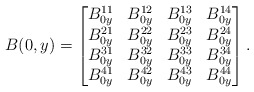
\begin{align*} B(0,y)= \begin{bmatrix} B_{0y}^{11} & B_{0y}^{12} & B_{0y}^{13} & B_{0y}^{14} \\ B_{0y}^{21} & B_{0y}^{22} & B_{0y}^{23} & B_{0y}^{24}\\ B_{0y}^{31} & B_{0y}^{32} & B_{0y}^{33} & B_{0y}^{34}\\ B_{0y}^{41} & B_{0y}^{42} & B_{0y}^{43} & B_{0y}^{44} \end{bmatrix} .\end{align*}